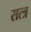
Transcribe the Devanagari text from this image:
सत्त्र